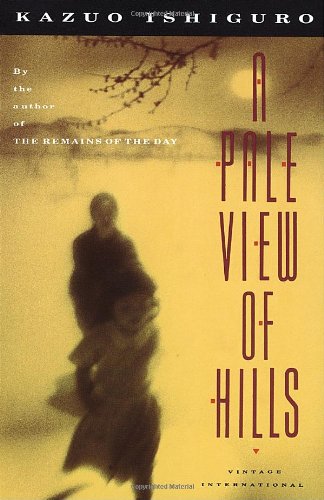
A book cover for A Pale View of Hills; Kazuo Ishiguro; Literature & Fiction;